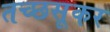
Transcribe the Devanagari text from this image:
तच्छसूकर